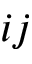
i j